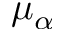
\mu _ { \alpha }